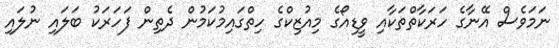
ނަމަވެސް އޭނާގެ ހަރަކާތްތަކާއި ވީޑިއޯގެ މިއުޒިކްގެ ހިތްގައިމުކަމުން ދެތިން ފަހަރަކު ބަލައި ނުލައި